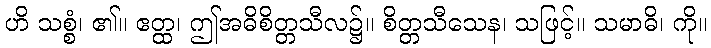
ဟိ သစ္စံ၊ ၏။ ဧတ္ထ၊ ဤအဓိစိတ္တသီလ၌။ စိတ္တသီသေန၊ သဖြင့်။ သမာဓိ၊ ကို။